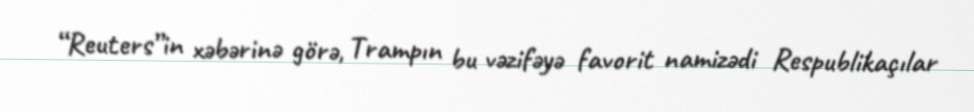
“Reuters”in xəbərinə görə, Trampın bu vəzifəyə favorit namizədi Respublikaçılar